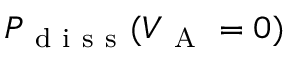
P _ { \mathrm { ~ d ~ i ~ s ~ s ~ } } ( V _ { \mathrm { ~ A ~ } } = 0 )